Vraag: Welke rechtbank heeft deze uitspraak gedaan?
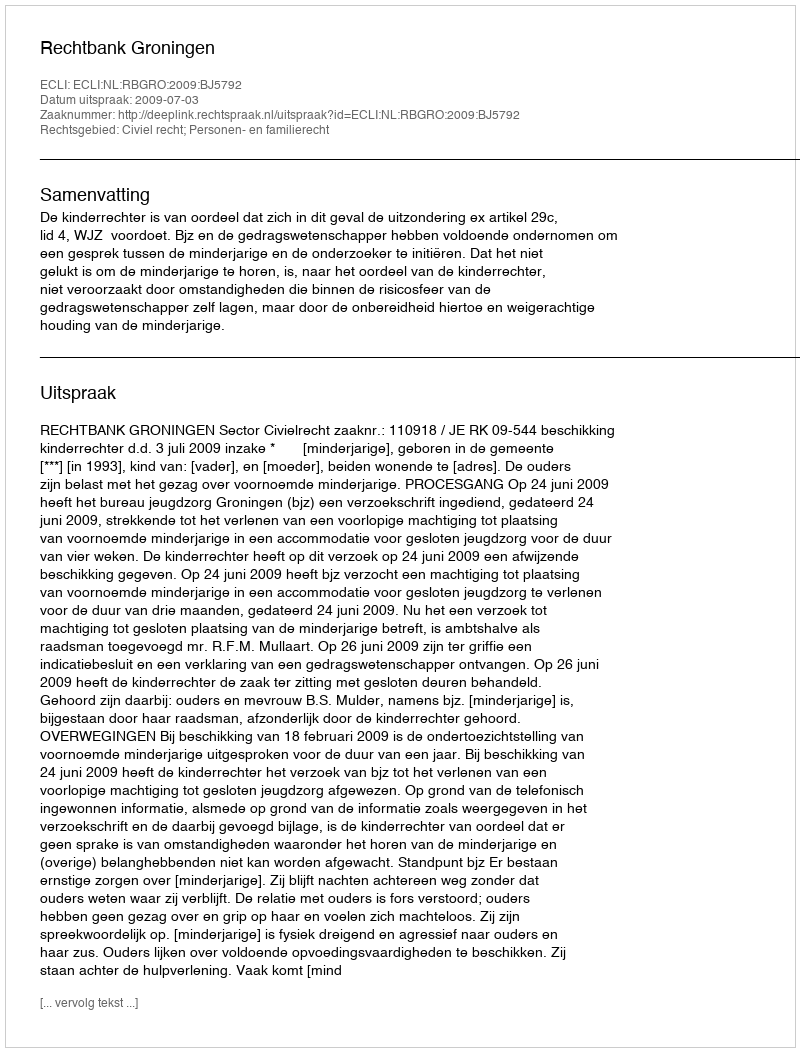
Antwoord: Rechtbank Groningen